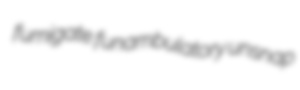
fumigate funambulatory unsnap